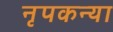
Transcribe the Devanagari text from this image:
नृपकन्या